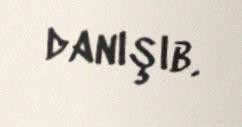
danışıb.